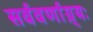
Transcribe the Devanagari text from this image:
सर्ववर्णाग्र्यः